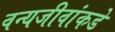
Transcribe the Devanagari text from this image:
वन्यजीवांकडे